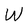
Character: W